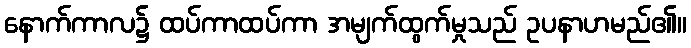
နောက်ကာလ၌ ထပ်ကာထပ်ကာ အမျက်ထွက်မှုသည် ဥပနာဟမည်၏။